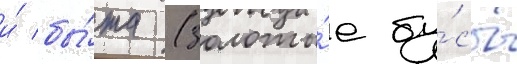
и́ бы́та (золоты́е бу́сы